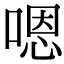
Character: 嗯